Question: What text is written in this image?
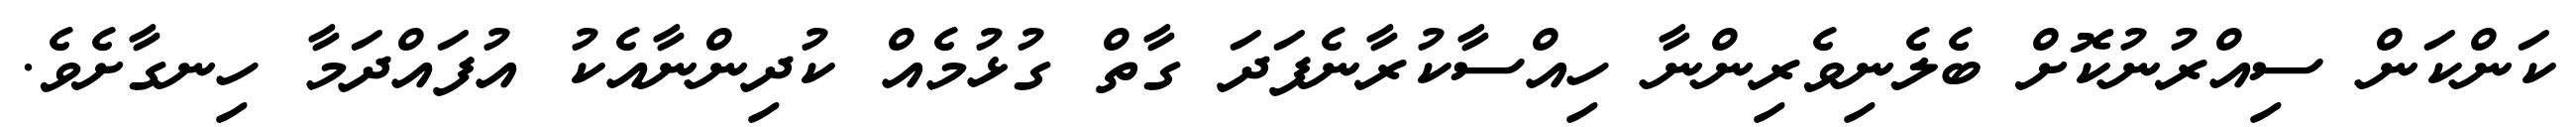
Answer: ކަންކަން ސިއްރުނުކޮށް ބެލެނިވެރިންނާ ހިއްސާކުރާނެފަދަ ގާތް ގުޅުމެއް ކުދިންނާއެކު އުފައްދަމާ ހިނގާށެވެ.